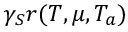
\gamma _ { S } r ( T , \mu , T _ { a } )